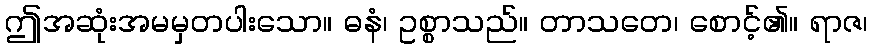
ဤအဆုံးအမမှတပါးသော။ ဓနံ၊ ဥစ္စာသည်။ တာသတေ၊ စောင့်၏။ ရာဇ၊